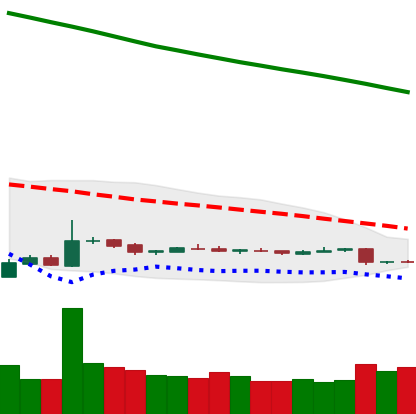
Ticker: ETH-USD
Chart end date: 2018-10-31
Forward return: 5.933%
Label: up_5_7